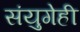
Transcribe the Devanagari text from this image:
संयुगेही